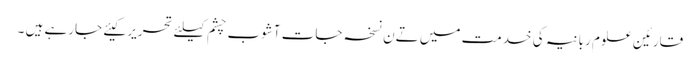
قارئین علوم ربانیہ کی خدمت میں تےن نسخہ جات آشوب چشم کیلئے تحریر کیئے جارہے ہیں ۔